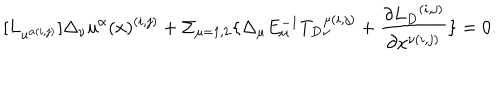
LaTeX: [ { L } _ { u ^ { \alpha ( i , j ) } } ] \Delta _ { \nu } u ^ { \alpha } ( x ) ^ { ( i , j ) } + \Sigma _ { \mu = 1 , 2 } \{ \Delta _ { \mu } E _ { \mu } ^ { - 1 } { { T } _ { D } } _ { \nu } ^ { \mu ( i , j ) } + \frac { \partial { { L } _ { D } } ^ { ( i , j ) } } { \partial x ^ { \nu ( i , j ) } } \} = 0 .